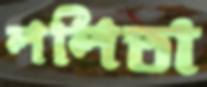
ললিতা